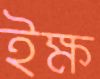
ইক্ষ